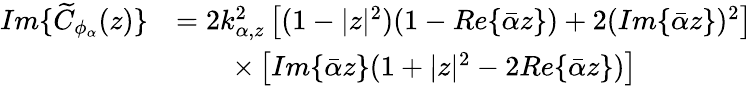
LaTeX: \begin{array}{rl}{Im\{ \widetilde{C}_{\phi_{\alpha}}(z)\} }&{=2k_{\alpha,z}^{2}\left[(1-|z|^{2})(1-Re\{ \bar{\alpha}z\} )+2(Im\{ \bar{\alpha}z\} )^{2}\right]}\\ &{\qquad\times\left[Im\{ \bar{\alpha}z\} (1+|z|^{2}-2Re\{ \bar{\alpha}z\} )\right]}\end{array}